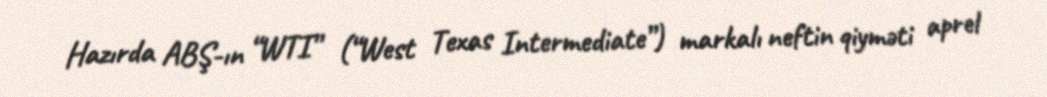
Hazırda ABŞ-ın “WTI” (“West Texas Intermediate”) markalı neftin qiyməti aprel